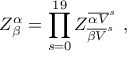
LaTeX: Z _ { \beta } ^ { \alpha } = \prod _ { s = 0 } ^ { 1 9 } Z _ { { \overline { { { \beta V } } } } ^ { s } } ^ { { \overline { { { \alpha V } } } } ^ { s } } ~ ,